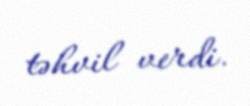
təhvil verdi.